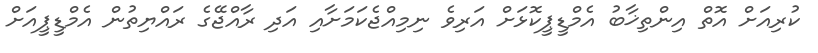
ކުރިއަށް އޮތް އިންތިޚާބު އެމްޑީޕީކޮޅަށް އަރިވެ ނިމިއްޖެކަމަށާއި އަދި ރާއްޖޭގެ ރައްޔިތުން އެމްޑީޕީއަށް